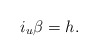
\begin{align*} i_u\beta=h.\end{align*}